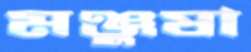
মঞ্জুষা